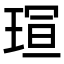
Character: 𪻭